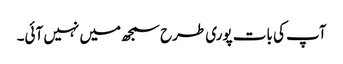
آپ کی بات پوری طرح سمجھ میں نہیں آئی۔